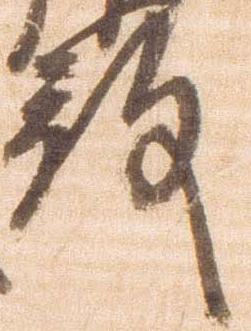
殿